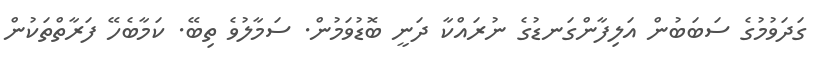
ގަދަވުމުގެ ސަބަބުން އަލިފާންގަނޑުގެ ނުރައްކާ ދަނީ ބޮޑުވަމުން. ސަމާލުވެ ތިބޭ. ކަމާބެހޭ ފަރާތްތަކުން